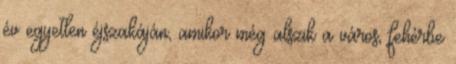
év egyetlen éjszakáján, amikor még alszik a város, fehérbe